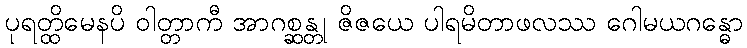
ပုရတ္ထိမေနပိ ဝါတ္တာကီ အာဂစ္ဆန္တု ဇိဇယေ ပါရမိတာဖလဿ ဂေါမယဂန္ဓော